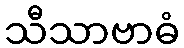
သီသာဗာဓံ